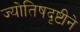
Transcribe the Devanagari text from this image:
ज्योतिषदृष्टीने